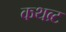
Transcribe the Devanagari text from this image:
कथब्र्ट